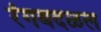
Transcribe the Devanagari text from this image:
रंगबदळल